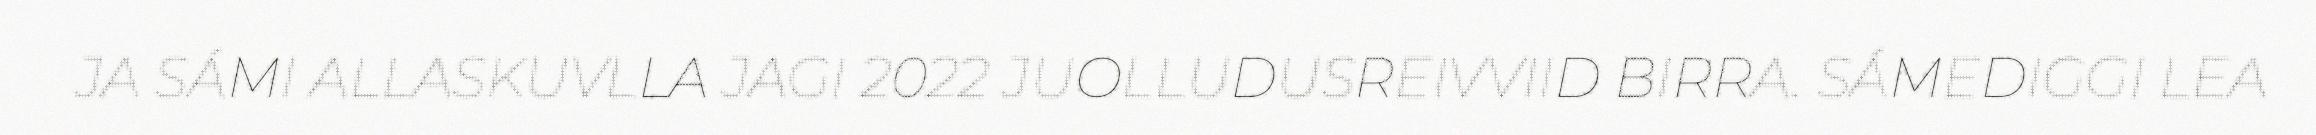
JA SÁMI ALLASKUVLLA JAGI 2022 JUOLLUDUSREIVVIID BIRRA. SÁMEDIGGI LEA